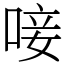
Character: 唼